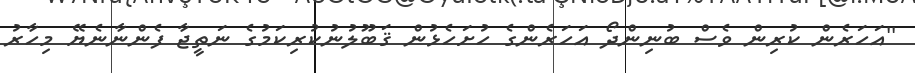
''އަހަރެން ކުރިން ވެސް ބުނިންދޯ އަހަރެންގެ ހުށަހެޅުން ޤަބޫލުނުކުރިކަމުގެ ނަތީޖާ ފެންނާނެޔޭ މިހާރު